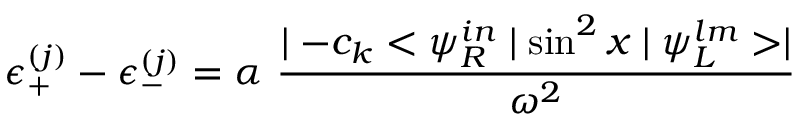
\epsilon _ { + } ^ { ( j ) } - \epsilon _ { - } ^ { ( j ) } = \alpha \ \frac { \mid - c _ { k } < \psi _ { R } ^ { i n } \mid \sin ^ { 2 } x \mid \psi _ { L } ^ { l m } > \mid } { \omega ^ { 2 } }